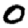
Digit: 0